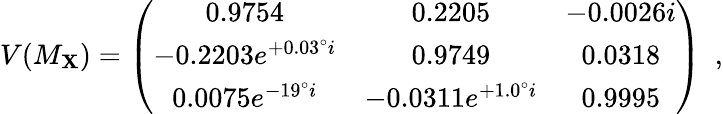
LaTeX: V(M_{\mathbf{X}})=\left(\begin{array}{ccc}{{0.9754}}&{{0.2205}}&{{-0.0026i}}\\ {{-0.2203e^{+0.03^{\circ}i}}}&{{0.9749}}&{{0.0318}}\\ {{0.0075e^{-19^{\circ}i}}}&{{-0.0311e^{+1.0^{\circ}i}}}&{{0.9995}}\end{array}\right)\ \ ,